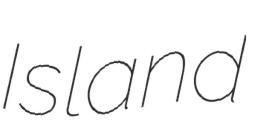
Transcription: Island